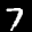
Label: 7